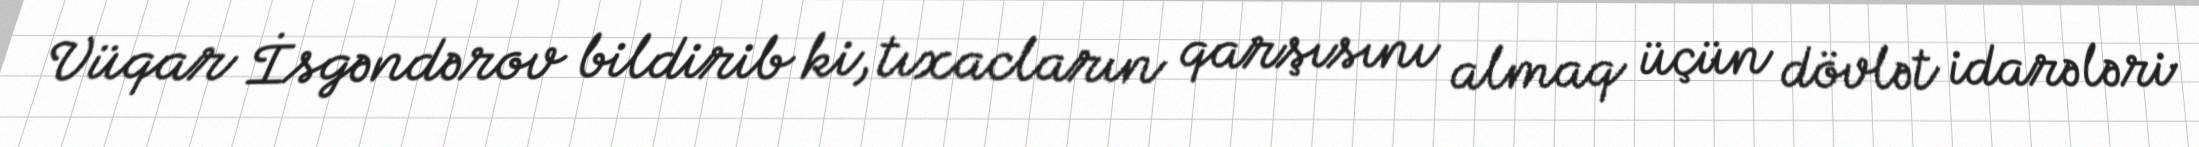
Vüqar İsgəndərov bildirib ki, tıxacların qarşısını almaq üçün dövlət idarələri